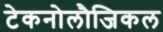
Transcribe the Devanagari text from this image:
टेकनोलौजिकल